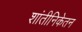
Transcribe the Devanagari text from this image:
शांतीनिकेतन